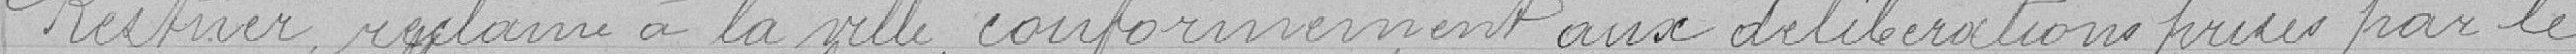
Kestner, réclame à la ville, conformément aux délibérations prises par le